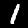
Label: 1